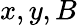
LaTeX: x,y,B